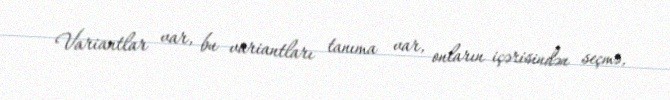
Variantlar var, bu variantları tanıma var, onların içərisindən seçmə,